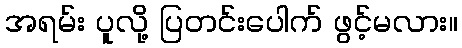
အရမ်း ပူလို့ ပြတင်းပေါက် ဖွင့်မလား။